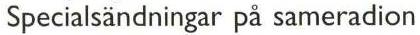
 Specialsändningar på sameradion